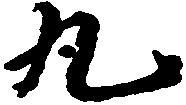
九